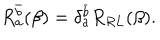
R _ { a } ^ { \bar { b } } ( \beta ) = \delta _ { a } ^ { \bar { b } } R _ { R L } ( \beta ) .